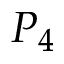
P _ { 4 }